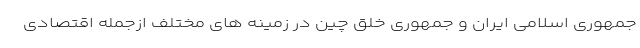
جمهوری اسلامی ایران و جمهوری خلق چین در زمینه های مختلف ازجمله اقتصادی